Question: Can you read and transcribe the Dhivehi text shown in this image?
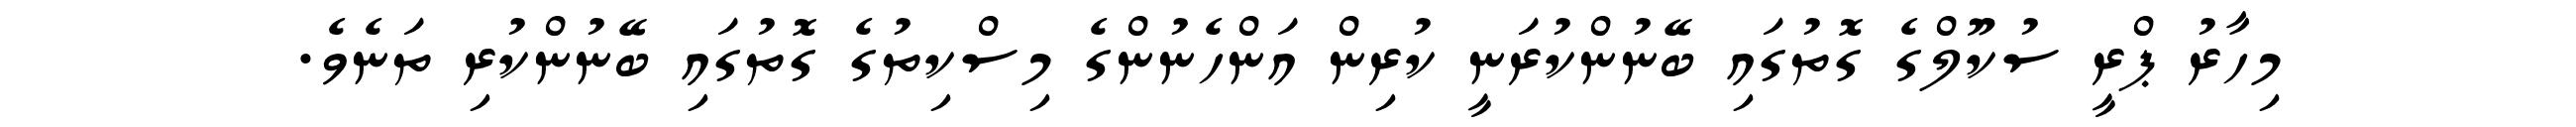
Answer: މިހާރު ޕްރީ ސުކޫލްގެ ގޮތުގައި ބޭނުންކުރަނީ ކުރިން އަންހެނުންގެ މިސްކިތުގެ ގޮތުގައި ބޭނުންކުރި ތަނެވެ.